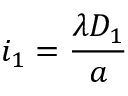
i _ { 1 } = \frac { \lambda D _ { 1 } } { a }